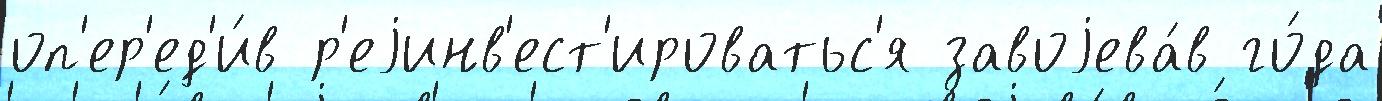
оп'ер'ед'и́в р'еjинв'ест'ироватьс'я завоjева́в го́да